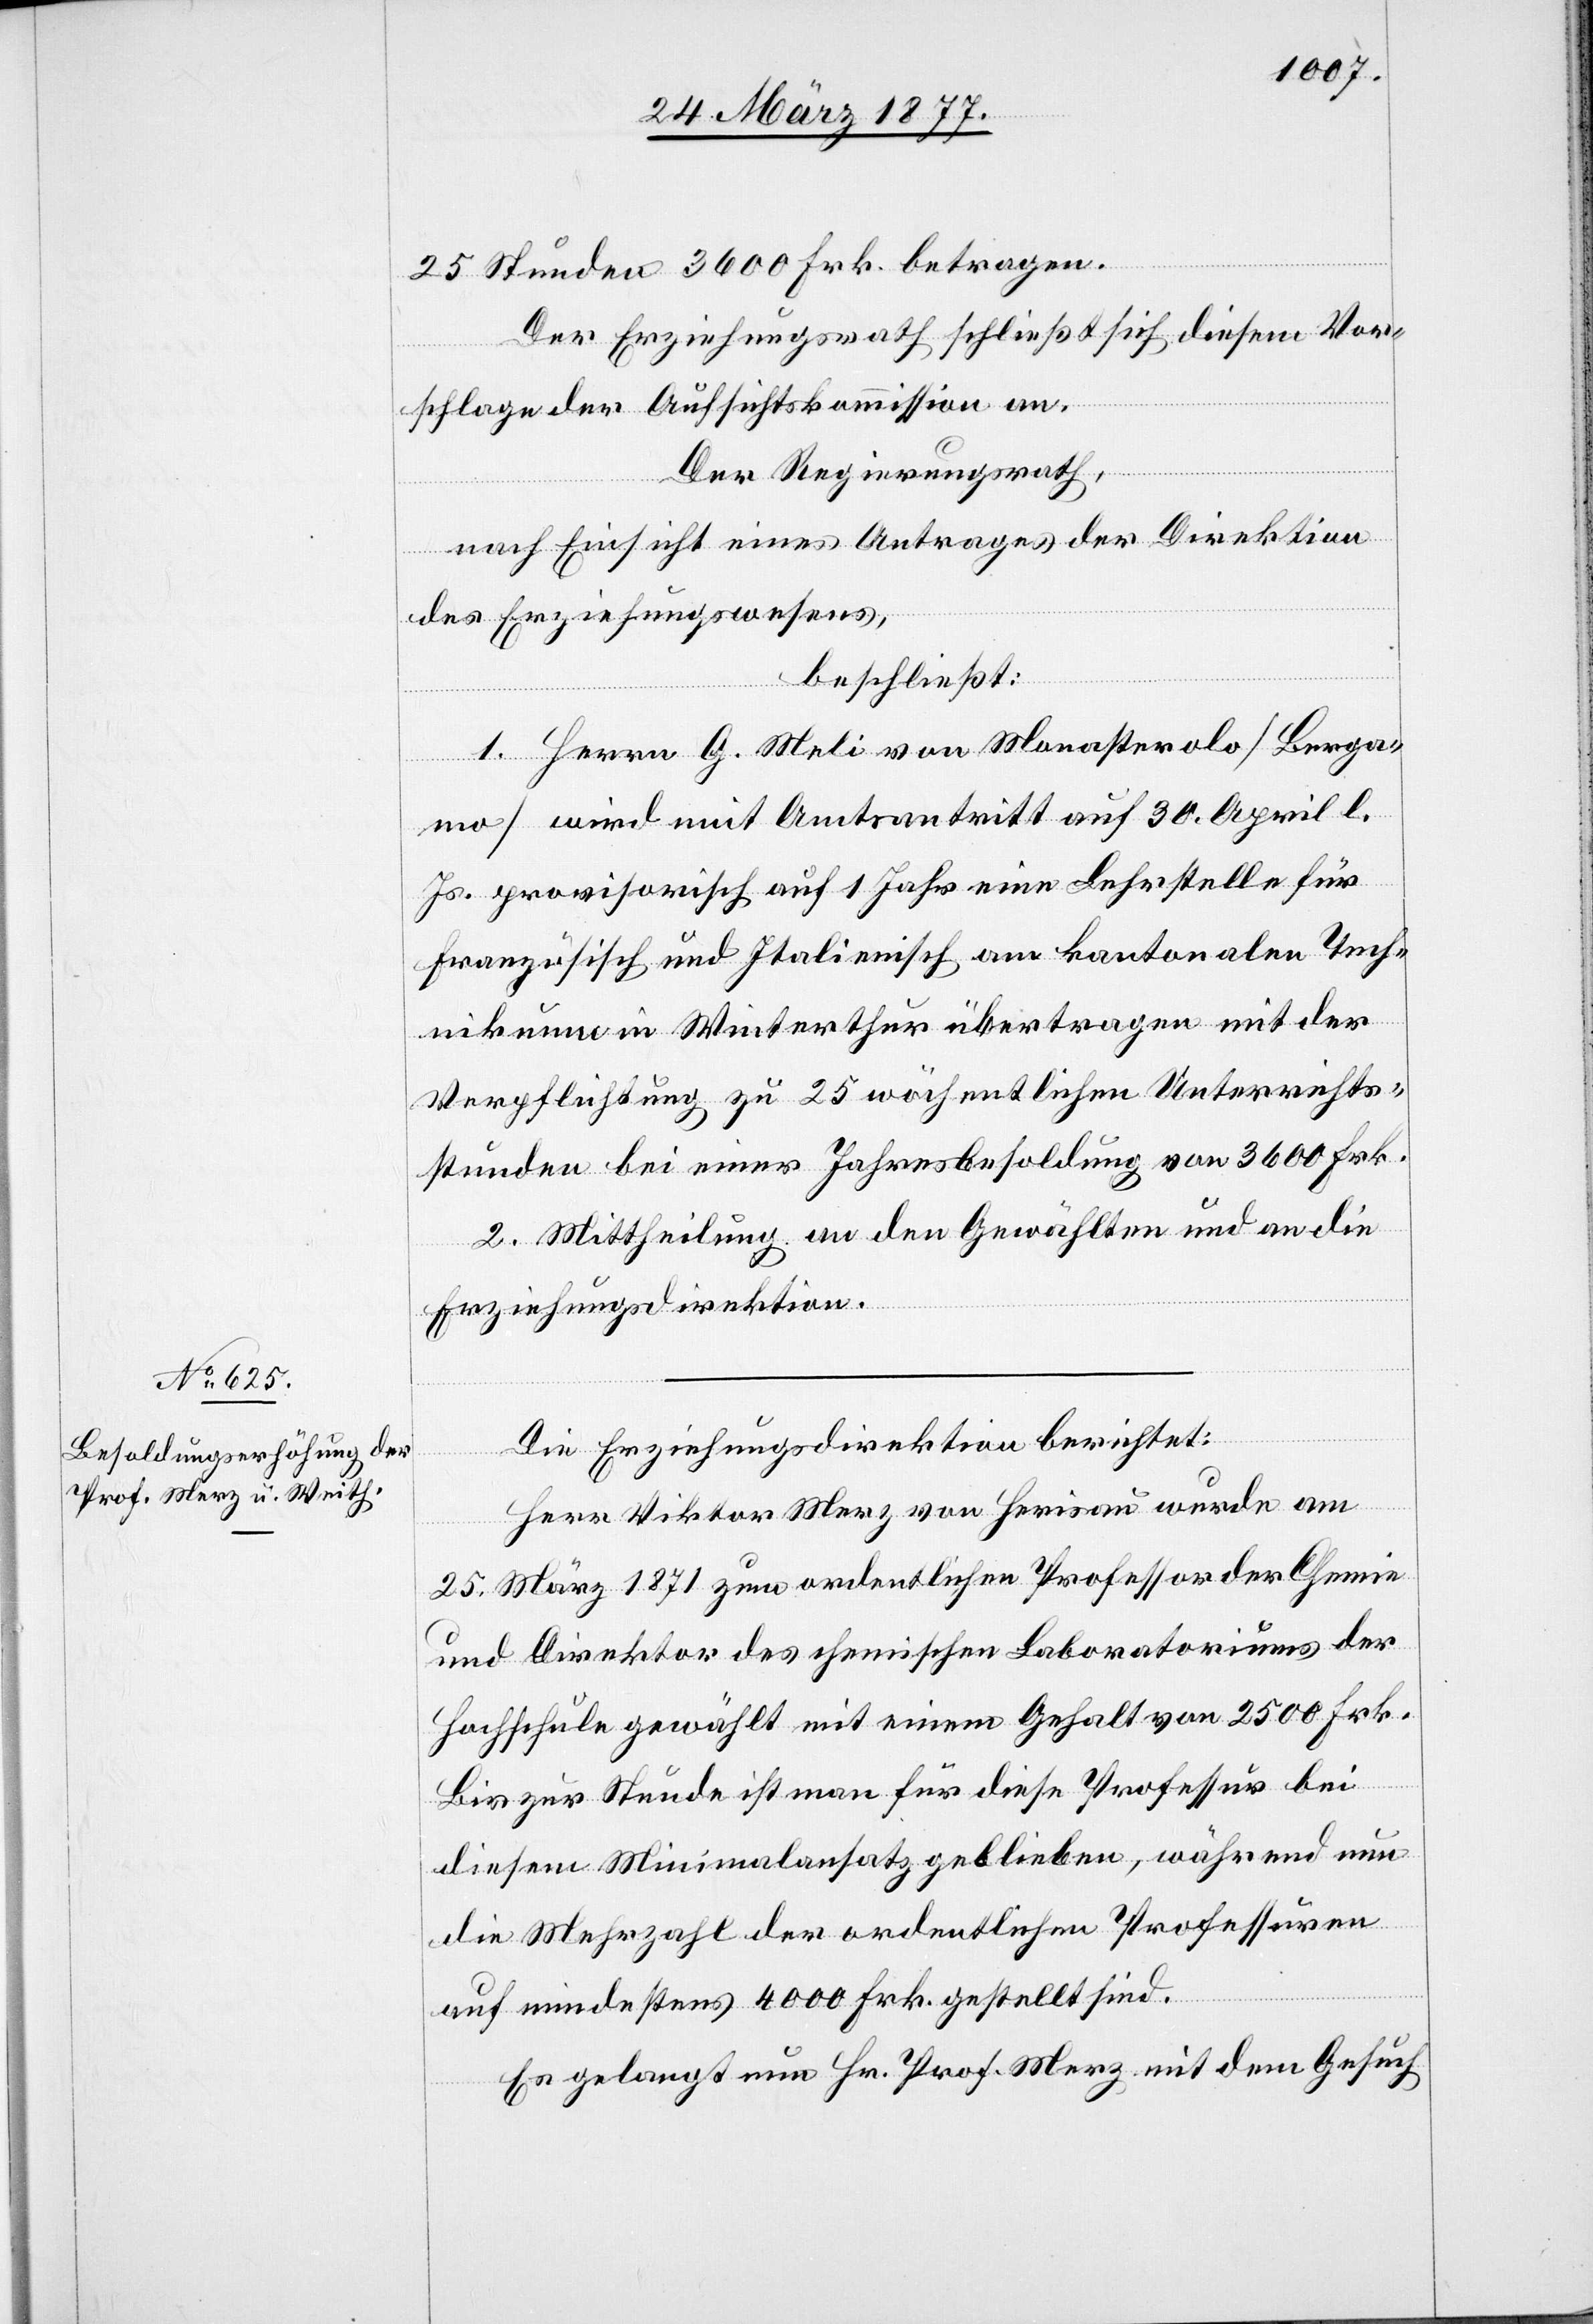
25 Stunden 3600 Frk. betragen.
Der Erziehungsrath schließt sich diesem Vor¬
schlage der Aufsichtskommission an.
Der Regierungsrath,
nach Einsicht eines Antrages der Direktion
des Erziehungswesens,
beschließt:
1. Herrn G. Meli von Monasterolo [Berga¬
mo] wird mit Amtsantritt auf 30. April l.
Js. provisorisch auf 1 Jahr eine Lehrstelle für
Französisch und Italienisch am kantonalen Tech¬
nikum in Winterthur übertragen mit der
Verpflichtung zu 25 wöchentlichen Unterrichts¬
stunden bei einer Jahresbesoldung von 3600 Frk.
2. Mittheilung an den Gewählten und an die
Erziehungsdirektion.
Die Erziehungsdirektion berichtet:
Herr Viktor Merz von Herisau wurde am
25. März 1871 zum ordentlichen Professor der Chemie
und Direktor des chemischen Laboratoriums der
Hochschule gewählt mit einem Gehalt von 2500 Frk.
Bis zur Stunde ist man für diese Professur bei
diesem Minimalansatz geblieben, während nun
die Mehrzahl der ordentlichen Professuren
auf mindestens 4000 Frk. gestellt sind.
Es gelangt nun Hr. Prof. Merz mit dem Gesuch